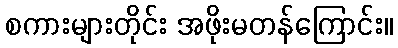
စကားများတိုင်း အဖိုးမတန်ကြောင်း။